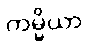
ကမ္မိယာ